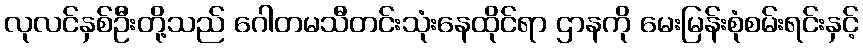
လုလင်နှစ်ဦးတို့သည် ဂေါတမသီတင်းသုံးနေထိုင်ရာ ဌာနကို မေးမြန်းစုံစမ်းရင်းနှင့်